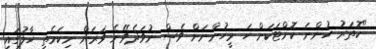
"ކޮތަރު ހުންނަ ކޮށްޓަކަށް ހަ މީހުންނަށް ވެސް ނުވަދެވޭނެ ވަރަށް ނިކަމެތި ހާލުުގައި